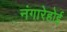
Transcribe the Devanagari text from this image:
नंगारेहोई